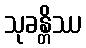
သုခန္တိဿ